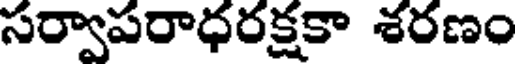
సర్వాపరాధరక్షకా శరణం